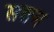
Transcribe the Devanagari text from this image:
सत्तम